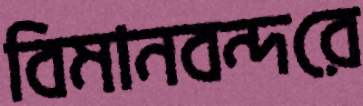
বিমানবন্দরে